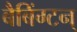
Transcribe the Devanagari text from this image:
बैबिंग्टन्